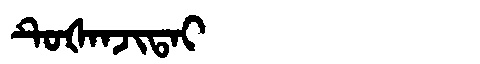
Manchu: ᡨᡠᡧᠠᠨᠵᡳᡨᠠᡳ
Romanization: TUŠANJITAI